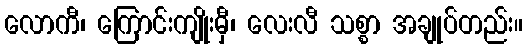
လောကီ၊ ကြောင်းကျိုးမှီ၊ လေးလီ သစ္စာ အချုပ်တည်း။